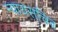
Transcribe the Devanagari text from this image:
न्यायसचिव